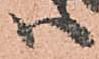
ハ